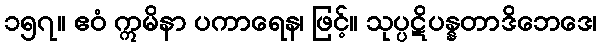
၁၅၇။ ဧဝံ ဣမိနာ ပကာရေန၊ ဖြင့်။ သုပ္ပဋိပန္နတာဒိဘေဒေ၊